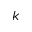
k